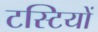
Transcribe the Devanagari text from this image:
टस्टियों